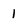
Character: 1